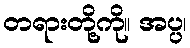
တရားတို့ကို။ အပ္ပ၊